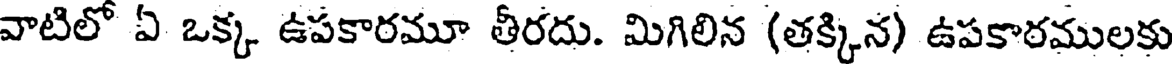
వాటిలో ఏ ఒక్క ఉపకారమూ తీరదు. మిగిలిన (తక్కిన) ఉపకారములకు